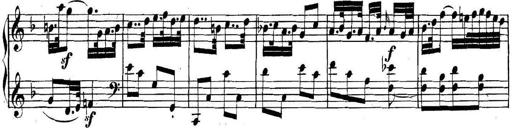
Title: Collected Piano Sonatas
Composer: Muzio Clementi